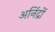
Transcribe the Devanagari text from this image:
अनिंद्रों